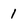
Character: 1